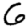
Digit: 6